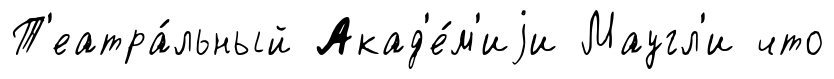
Т'еатра́льный Акад'е́м'иjи Маугл'и что